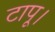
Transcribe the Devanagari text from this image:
टापू।